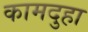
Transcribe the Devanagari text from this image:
कामदुहा